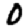
Digit: 0